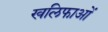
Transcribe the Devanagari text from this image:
खलिफाओं